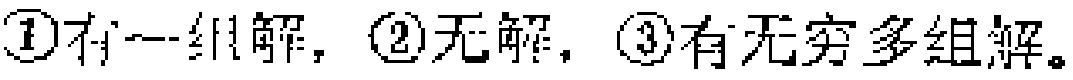
\textcircled{1}有一组解，\textcircled{2}无解，\textcircled{3}有无穷多组解。